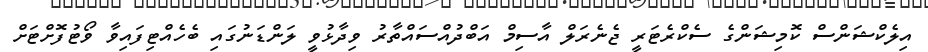
އިލެކްޝަންސް ކޮމިޝަންގެ ސެކްރެޓަރީ ޖެނެރަލް އާސިމް އަބްދުއްސައްތާރު ވިދާޅުވީ ލަންޑަނުގައި ބެހެއްޓިފައިވާ ވޯޓުފޮށްޓަށް